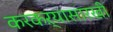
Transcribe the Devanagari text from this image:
करकऱ्यासारखी